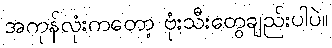
အကုန်လုံးကတော့ ဗုံးသီးတွေချည်းပါပဲ။